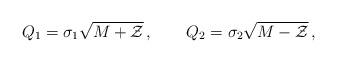
LaTeX: \begin{align*}Q_1=\sigma_1\sqrt{M+{\cal Z}}\,,\qquad Q_2=\sigma_2\sqrt{M-{\cal Z}}\,,\end{align*}